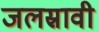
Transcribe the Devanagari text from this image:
जलस्रावी